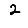
Digit: 2